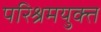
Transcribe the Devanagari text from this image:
परिश्रमयुक्त